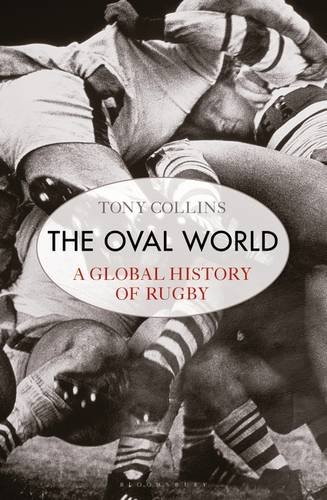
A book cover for The Oval World: A Global History of Rugby; Tony Collins; Sports & Outdoors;